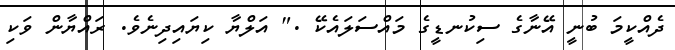
ދެއްކީމަ ބުނީ އޭނާގެ ސިކުނޑީގެ މައްސަލައެކޭ ." އަލްޔާ ކިޔައިދިނެވެ. ރައްޔާން ވަކި